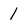
Character: 1